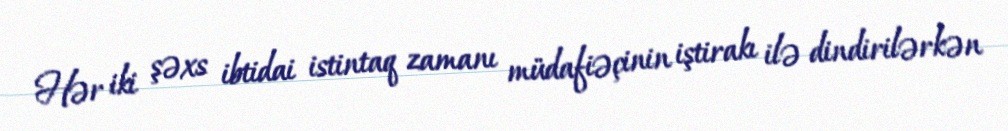
Hər iki şəxs ibtidai istintaq zamanı müdafiəçinin iştirakı ilə dindirilərkən